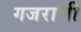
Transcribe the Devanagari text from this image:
गजराची